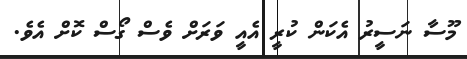
މޫސާ ނަސީރު އެކަން ކުރީ އެއީ ވަރަށް ވެސް ގޯސް ކޮށް އެވެ.